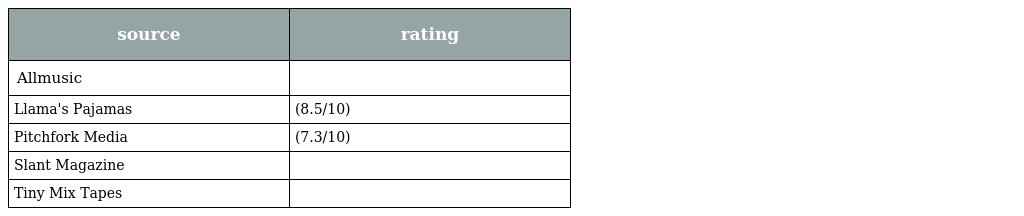
| source | rating |
 | --- | --- |
 | Allmusic |  |
 | Llama's Pajamas | (8.5/10) |
 | Pitchfork Media | (7.3/10) |
 | Slant Magazine |  |
 | Tiny Mix Tapes |  |